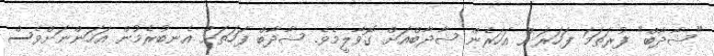
"ޝާދާބް" ފުރަތަމަ ފަހަރަށް އަހަރެން ޝާދާބްއަށް ގޮވާލީމެވެ. ޝާދާބް ފަހަތަށް އެނބުރެމުން އަހަންނަށްވެސް